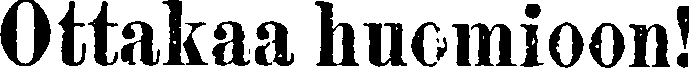
Ottakaa huomioon!